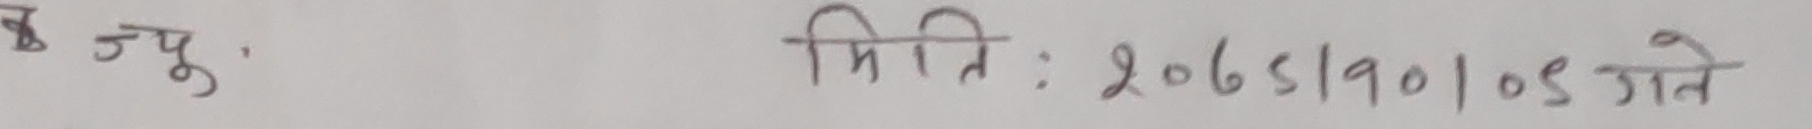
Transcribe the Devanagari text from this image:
८ जु. मिति : 2065190105 गते